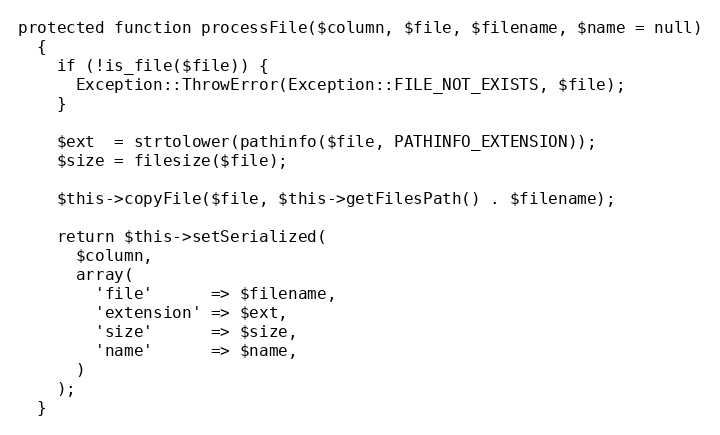
Language: PHP
protected function processFile($column, $file, $filename, $name = null)
  {
    if (!is_file($file)) {
      Exception::ThrowError(Exception::FILE_NOT_EXISTS, $file);
    }

    $ext  = strtolower(pathinfo($file, PATHINFO_EXTENSION));
    $size = filesize($file);

    $this->copyFile($file, $this->getFilesPath() . $filename);

    return $this->setSerialized(
      $column,
      array(
        'file'      => $filename,
        'extension' => $ext,
        'size'      => $size,
        'name'      => $name,
      )
    );
  }